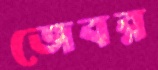
জেবর